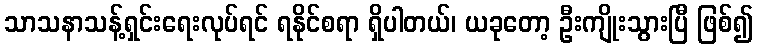
သာသနာသန့်ရှင်းရေးလုပ်ရင် ရနိုင်စရာ ရှိပါတယ်၊ ယခုတော့ ဦးကျိုးသွားပြီ ဖြစ်၍